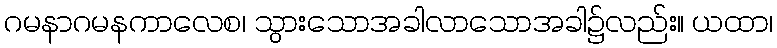
ဂမနာဂမနကာလေစ၊ သွားသောအခါလာသောအခါ၌လည်း။ ယထာ၊